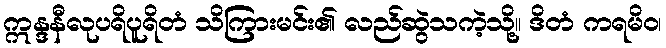
ဣန္ဒနီလုပရိပူရိတံ သိကြားမင်း၏ လည်ဆွဲသကဲ့သို့။ ဒိတံ ကရမိဝ၊